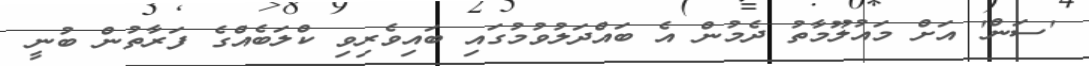
'ސަން' އަށް މައުލޫމާތު ދެމުން އެ ބައްދަލުވުމުގައި ބައިވެރިވި ކްލަބެއްގެ ފަރާތުން ބުނީ